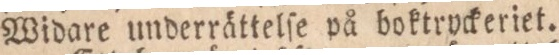
Widare underrättelſe på boktryckeriet.